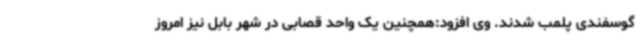
گوسفندی پلمب شدند. وی افزود:همچنین یک واحد قصابی در شهر بابل نیز امروز